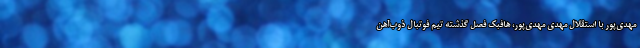
مهدی‌پور با استقلال مهدی مهدی‌پور، هافبک فصل گذشته تیم فوتبال ذوب‌آهن